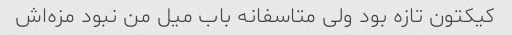
کیکتون تازه بود ولی متاسفانه باب میل من نبود مزه‌اش